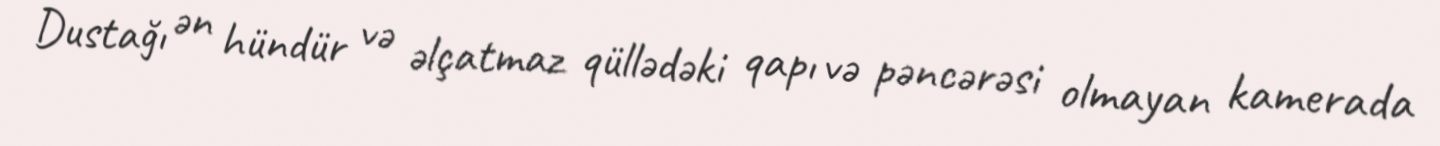
Dustağı ən hündür və əlçatmaz qüllədəki qapı və pəncərəsi olmayan kamerada